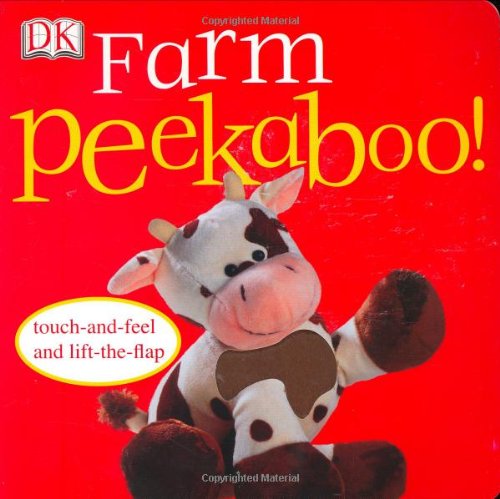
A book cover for Peekaboo Farm (Touch-And-Feel Action Flap Book); DK Publishing; Children's Books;